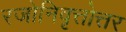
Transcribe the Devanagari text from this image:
रजोनिवृत्तोत्तर